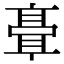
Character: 𬴘